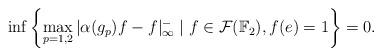
LaTeX: \begin{align*}\inf\left\{ \max_{p=1,2} |\alpha(g_p)f-f|_{\infty}^- \mid f \in {\mathcal F}({\mathbb F}_2),f(e)=1\right\} = 0.\end{align*}